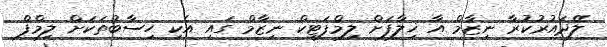
ލޭދައުރުކުރާ ނިޒާމް އާ ޚިލާފަށް ލިމްފަޓިކް ނިޒާމް ގައި އެކި ހިސާބުތަކަށް ލިމްފް